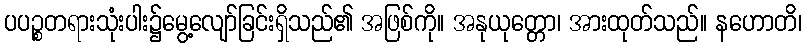
ပပဉ္စတရားသုံးပါး၌မွေ့လျော်ခြင်းရှိသည်၏ အဖြစ်ကို။ အနုယုတ္တော၊ အားထုတ်သည်။ နဟောတိ၊